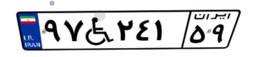
۹۷W۲۴۱۵۹